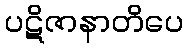
ပဋိဇာနာတိပေ